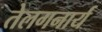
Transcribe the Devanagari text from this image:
तेलगनार्य